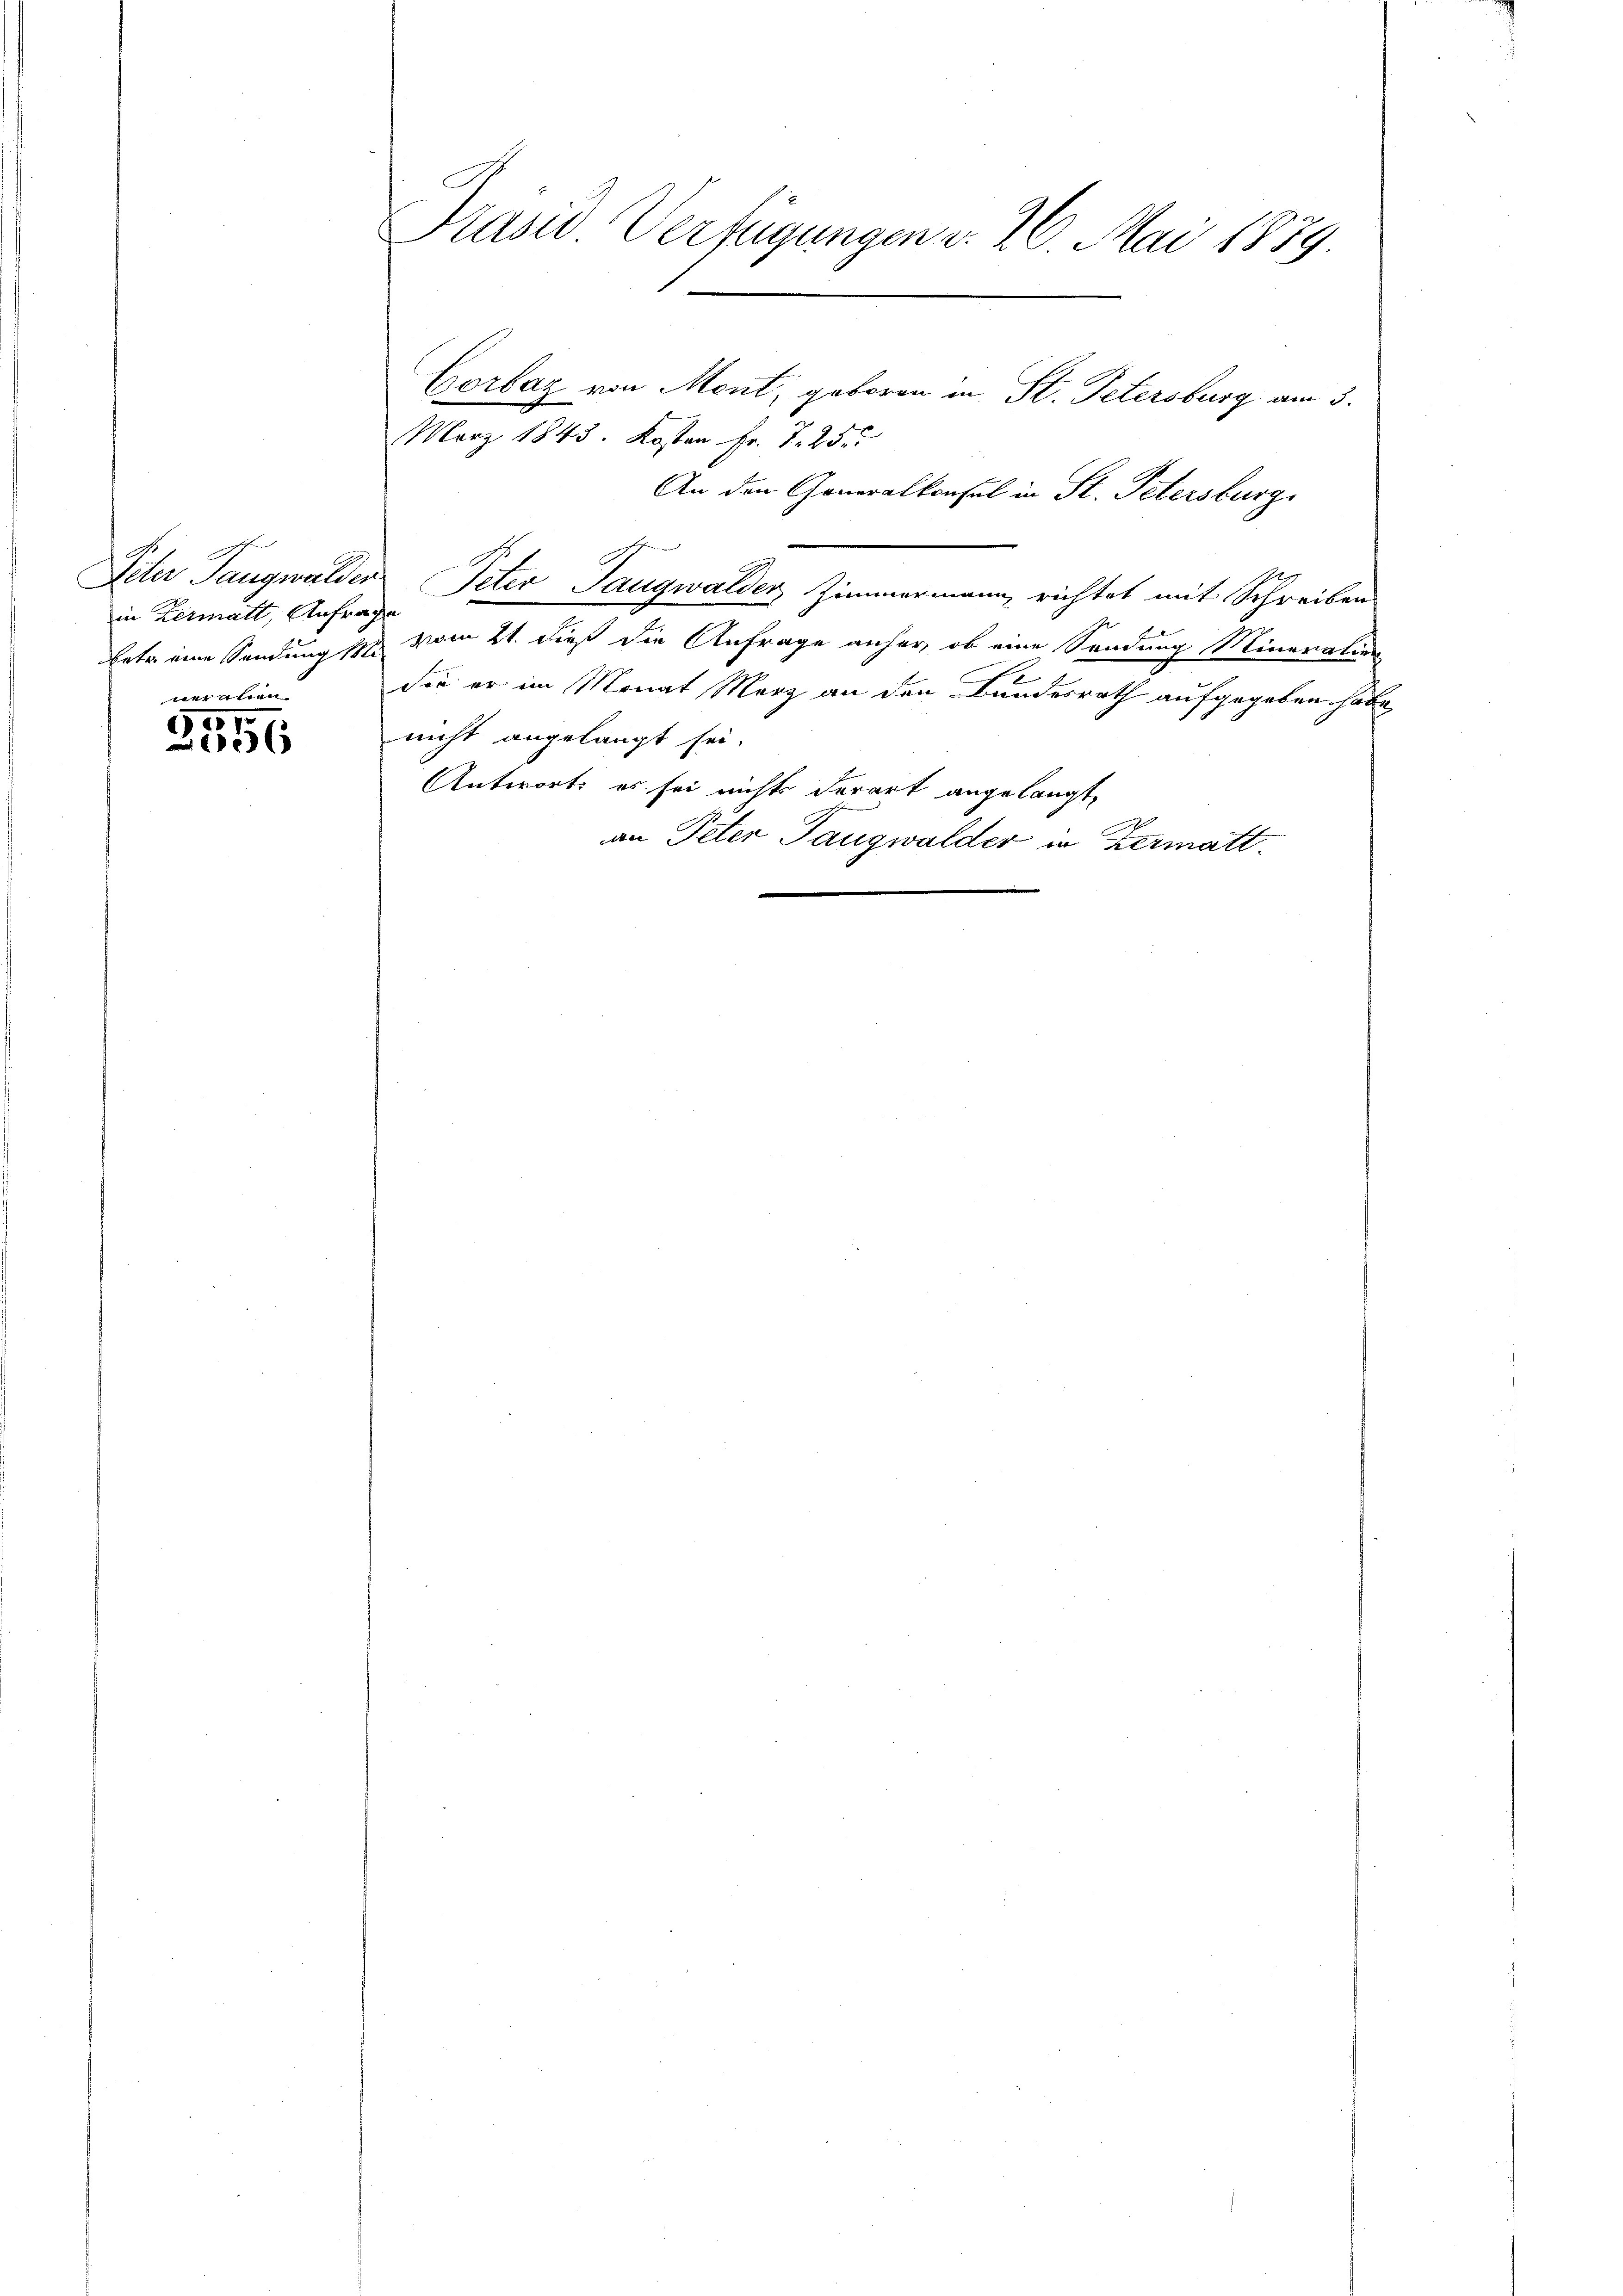
in Kermatt, Anfrage

ihren
11.
6

Präsid. Verfügungen v. 20. Mai 1889.

März 1843. Kosten Fr. T. 25.
An den Generalkonsul in St. Petersburg
.
Peter Taugwalder Peter Saugwalder, Zimmermann, richtet mit Schreiben
Enter eine Sendung ist vom 21. dieß die Anfrage anher, ob eine Sendung Mineralien
1
die er im Monat Merz an den Bundesrath aufgegeben habe
nicht angelangt sei.
Antwort es sei nichts derart angelangt,
an Peter Taugwalder in Zermatt.

Corbaz von Ment, geboren in St. Petersburg am 3.